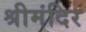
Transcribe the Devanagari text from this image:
श्रीमंदिर